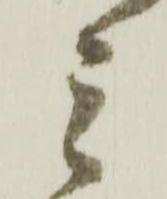
ミ